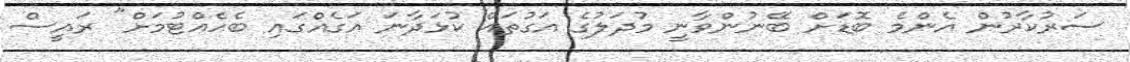
ސަރުކާރުން އެންމެ ބޮޑަށް ބޭނުންވާނީ މުދަލުގެ އަގުތައް ކުޅަދާނަ އަގެއްގައި ބެހެއްޓުމަށް" ރައީސް